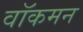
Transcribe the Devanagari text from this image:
वॉकमन